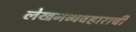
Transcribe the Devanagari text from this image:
लेखनव्यवहाराची